Leaving Certificate, 1900
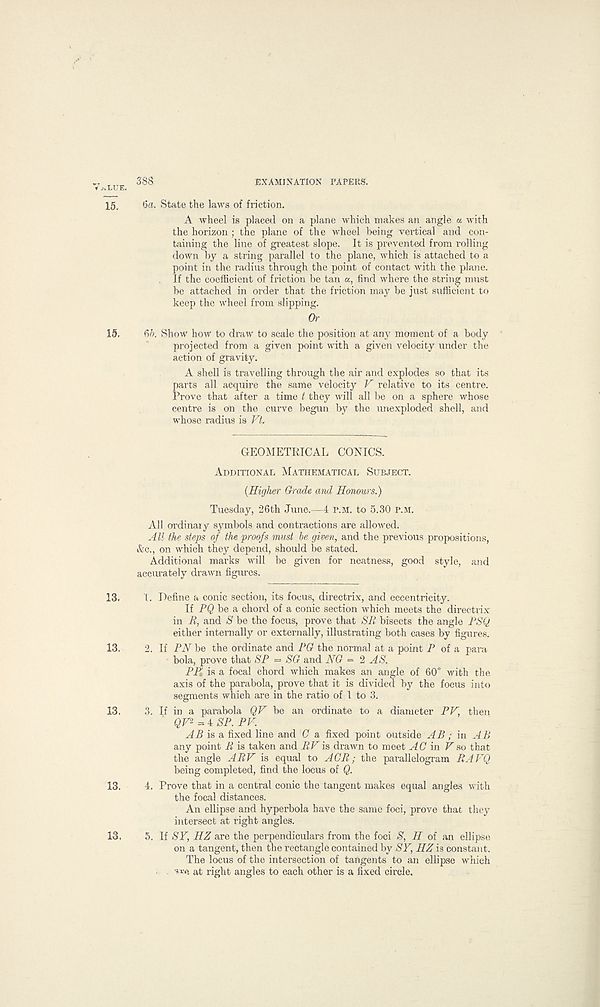
^LUE. 388
EXAMINATION PAPERS.
15. 6a. State the laws of friction.
A wheel is placed on a plane which makes an angle « with
the horizon ; the plane of the wheel being vertical and con-
taining the line of greatest slope. It is prevented from rolling
down by a string parallel to the plane, which is attached to a
point in the radius through the point of contact with the plane.
If the coefficient of friction be tan «, find where the string must
be attached in order that the friction may be just sufficient to
keep the wheel from slipping.
Or
15. 6ft. Show how to draw to scale the position at any moment of a body
projected from a given point with a given velocity under the
action of gravity.
A shell is travelling through the air and explodes so that its
parts all acquire the same velocity V relative to its centre.
Prove that after a time t they will all be on a sphere whose
centre is on the curve begun by the unexploded shell, and
whose radius is Vt.
GEOMETRICAL CONICS.
Additional Mathematical Subject.
(Higher Grade and Honours.)
Tuesday, 26th June.—4 P.M. to 5.30 p.m.
All ordinaly symbols and contractions are allowed.
A U the steps of the proofs must he given, and the previous propositions,
&c., on which they depend, should be stated.
Additional marks will be given for neatness, good style, and
accurately drawn figures.
13. 1. Define a conic section, its focus, directrix, and eccentricity.
If PQ be a chord of a conic section which meets the directrix
in R, and S be the focus, prove that SR bisects the angle PSQ
either internally or externally, illustrating both eases by figures.
13. 2. If PN be the ordinate and PG the normal at a point P of a para
bola, prove that SP = SG and NG = 2 AS.
PPi is a focal chord which makes an angle of 60° with the
axis of the parabola, prove that it is divided by the focus into
segments which are in the ratio of 1 to 3.
13. 3. If in a parabola QF be an ordinate to a diameter PF, then
QF 2 4 SP. PV.'
AB is a fixed line and G a fixed point outside AB ; in AB
any point R is taken and RFis drawn to meet AG in Fso that
the angle ARF is equal to ACR; the parallelogram RAFQ
being completed, find the locus of Q.
13. 4. Prove that in a central conic the tangent makes equal angles with
the focal distances.
An ellipse and hyperbola have the same foci, prove that they
intersect at right angles.
13. 5. If SY, HZ are the perpendiculars from the foci S, H of an ellipse
on a tangent, then the rectangle contained by SY, HZ is constant.
The locus of the intersection of tangents to an ellipse which
are at right angles to each other is a fixed circle.